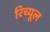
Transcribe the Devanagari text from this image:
रिच्यूल